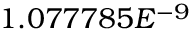
1 . 0 7 7 7 8 5 E ^ { - 9 }